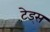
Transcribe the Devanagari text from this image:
टे़ड्स